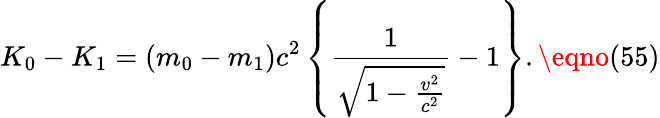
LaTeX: K_{0}-K_{1}=(m_{0}-m_{1})c^{2}\left\{ \frac{1}{\sqrt{1-\frac{v^{2}}{c^{2}}}}-1\right\} .\eqno(55)